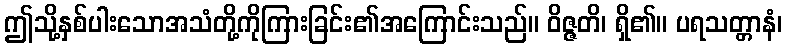
ဤသို့နှစ်ပါးသောအသံတို့ကိုကြားခြင်း၏အကြောင်းသည်။ ဝိဇ္ဇတိ၊ ရှိ၏။ ပရသတ္တာနံ၊